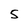
Character: 5